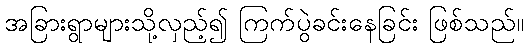
အခြားရွာများသို့လှည့်၍ ကြက်ပွဲခင်းနေခြင်း ဖြစ်သည်။